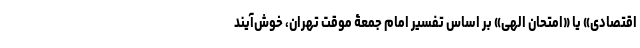
اقتصادی» یا «امتحان الهی» بر اساس تفسیر امام جمعۀ موقت تهران، خوش‌آیند